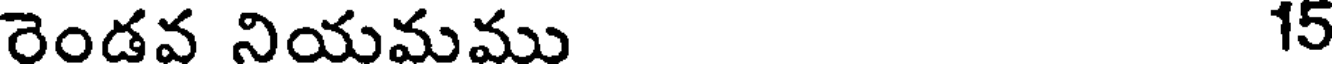
రెండవ నియమము 15